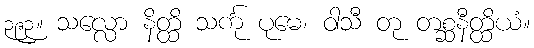
၃၉၃။ သလ္လော နိတ္ထိ သင်္ကု ပုမေ၊ ဝါသီ တု တစ္ဆနီတ္ထိယံ။